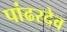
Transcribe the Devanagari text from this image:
पांढरदेव